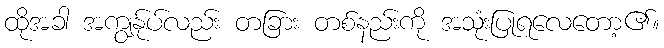
ထိုအခါ အကျွန်ုပ်လည်း တခြား တစ်နည်းကို အသုံးပြုရလေတော့၏။